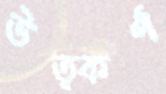
উত্কর্ণ